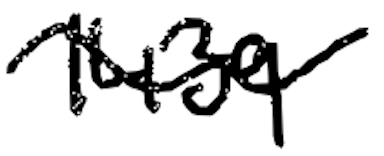
Text: 1439
Cross-out: wave
Writing tool: digital_black